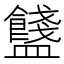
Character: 𥃗